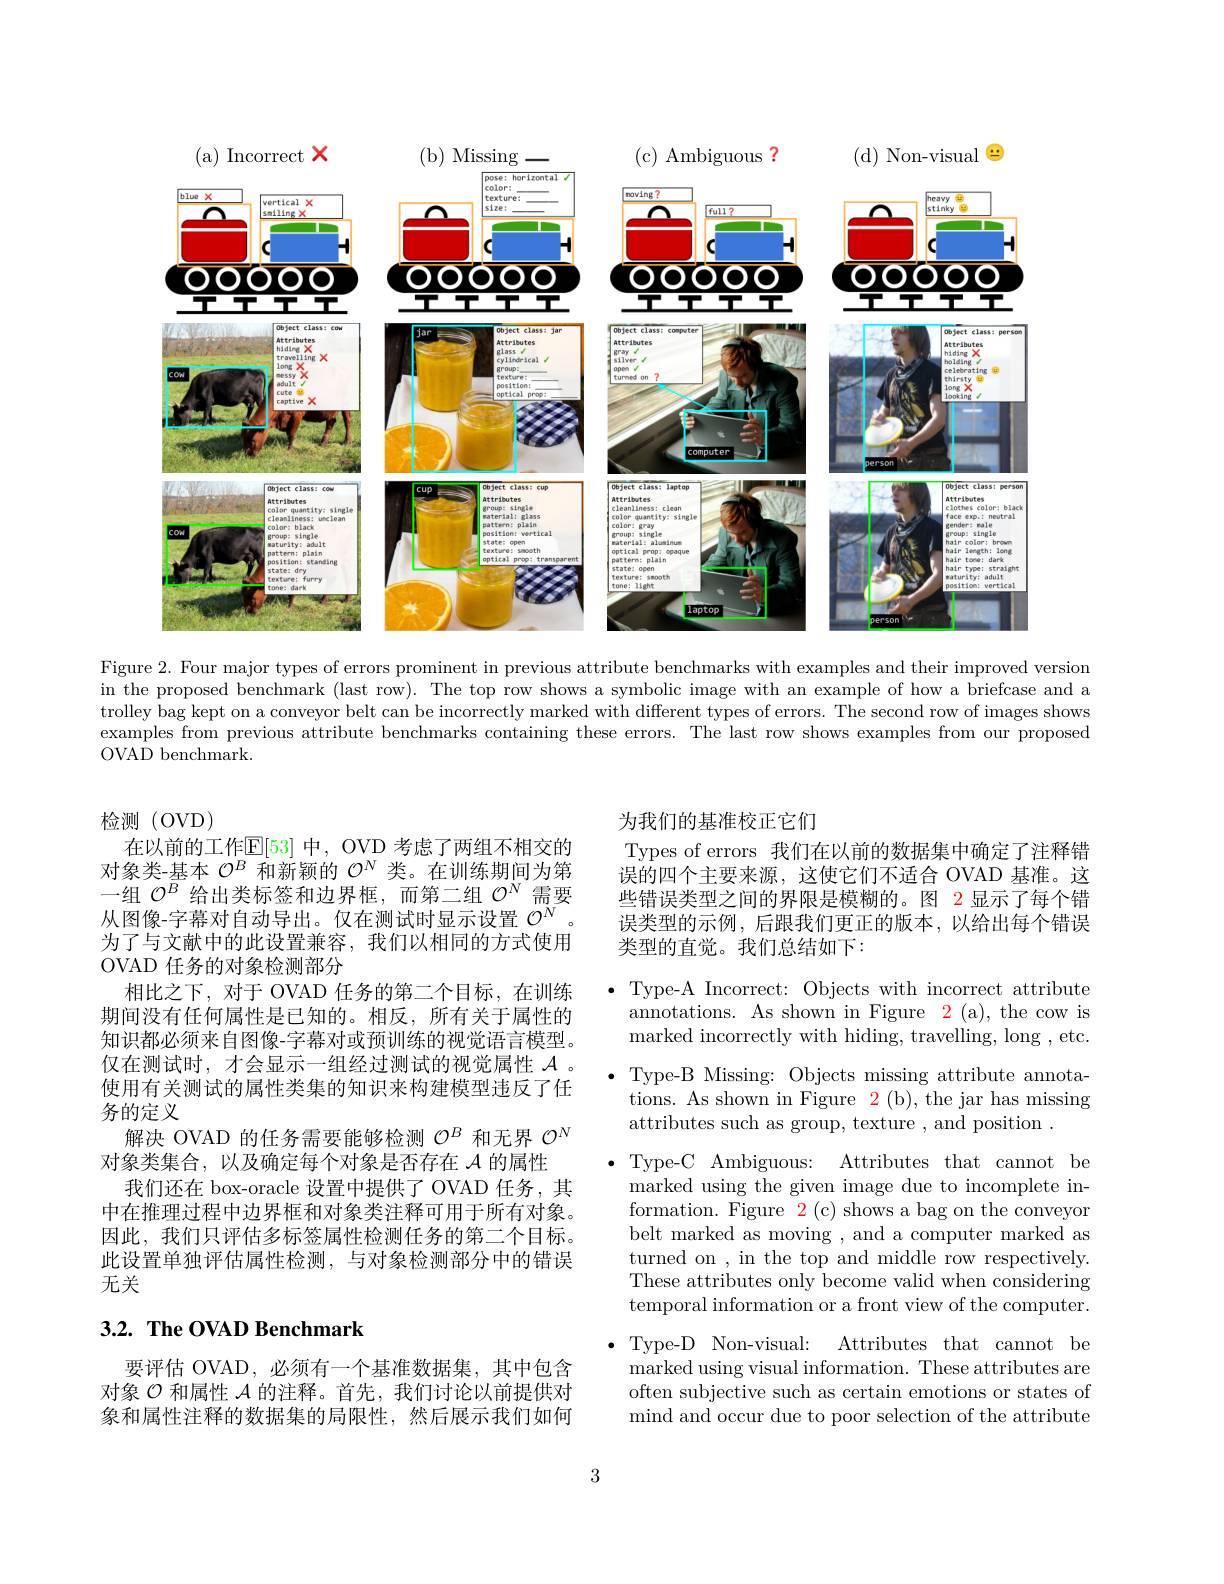
(a) Incorrect $\mathbf{x}$
<FigureHere>

( c) Ambiguous ?

(d) Non-visual $\textcircled{\circ}$
( b) Missing$\xrightarrow{}$

Figure 2. Four major types of errors prominent in previous attribute benchmarks with examples and their improved version in the proposed benchmark (last row). The top row shows a symbolic image with an example of how a briefcase and a trolley bag kept on a conveyor belt can be incorrectly marked with different types of errors. The second row of images shows examples from previous attribute benchmarks containing these errors. The last row shows examples from our proposed OVAD benchmark.

为我们的基准校正它们
Types of errors 我们在以前的数据集中确定了注释错误的四个主要来源，这使它们不适合 OVAD 基准。这些错误类型之间的界限是模糊的。图 2 显示了每个错误类型的示例，后跟我们更正的版本，以给出每个错误类型的直觉。我们总结如下：

检测 (OVD)
在以前的工作$\mathbb{E}[53]$ 中，OVD 考虑了两组不相交的对象类-基本$\mathcal{O}^B$和新颖的$\mathcal{O}^N$类。在训练期间为第一组$\mathcal{O}^B$给出类标签和边界框，而第二组$\mathcal{O}^N$需要从图像-字幕对自动导出。仅在测试时显示设置$\mathcal{O}^N$ 为了与文献中的此设置兼容，我们以相同的方式使用OVAD 任务的对象检测部分
相比之下，对于 OVAD 任务的第二个目标，在训练期间没有任何属性是已知的。相反，所有关于属性的知识都必须来自图像-字幕对或预训练的视觉语言模型。仅在测试时，才会显示一组经过测试的视觉属性$\mathcal{A}$ 。使用有关测试的属性类集的知识来构建模型违反了任务的定义
解决 OVAD 的任务需要能够检测$\mathcal{O}^B$和无界$\mathcal{O}^N$
对象类集合，以及确定每个对象是否存在$\mathcal{A}$的属性
我们还在 box-oracle 设置中提供了 OVAD 任务，其中在推理过程中边界框和对象类注释可用于所有对象。因此，我们只评估多标签属性检测任务的第二个目标。此设置单独评估属性检测，与对象检测部分中的错误无关

$\bullet$ Type-A Incorrect: Objects with incorrect attribute
annotations. As shown in Figure 2 (a), the cow is marked incorrectly with hiding, travelling, long, etc.
$\bullet$ Type-B Missing: Objects missing attribute annota-
tions. As shown in Figure 2 (b), the jar has missing
attributes such as group, texture , and position .
Type-C Ambiguous: Attributes that cannot be marked using the given image due to incomplete information. Figure $\color{red}{2(\mathrm{c})\text{shows a bag on the conveyor}}$ belt marked as moving , and a computer marked as turned on , in the top and middle row respectively. These attributes only become valid when considering temporal information or a front view of the computer. Type-D Non-visual: Attributes that cannot be marked using visual information. These attributes are often subjective such as certain emotions or states of mind and occur due to poor selection of the attribute

## $3. 2. \textbf{ The OVAD Benchmark}$

要评估 OVAD, 必须有一个基准数据集，其中包含对象$\mathcal{O}$和属性$\mathcal{A}$的注释。首先，我们讨论以前提供对象和属性注释的数据集的局限性，然后展示我们如何

3